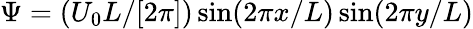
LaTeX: \Psi=(U_{0}L/[2\pi])\sin(2\pi x/L)\sin(2\pi y/L)